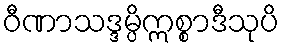
ဝီဏာသဒ္ဒမ္ပိဣစ္စာဒီသုပိ